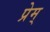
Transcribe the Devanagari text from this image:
प्रेम्